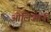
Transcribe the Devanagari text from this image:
ओलिआना